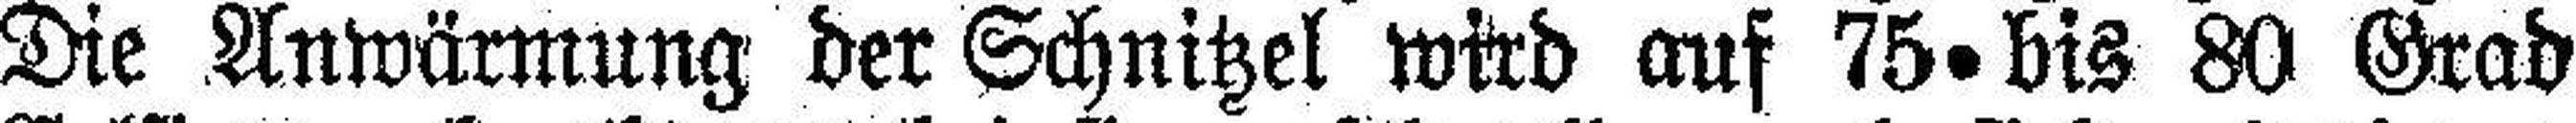
Die Anwärmung der Schnitzel wird auf 75 bis 80 Grad